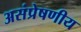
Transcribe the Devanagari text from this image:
असंप्रेषणीय